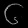
Digit: ၆